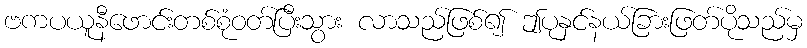
ဗကပယူနီဖောင်းတစ်စုံဝတ်ပြီးသွား လာသည်ဖြစ်၍ ဤပုနှင်နယ်ခြားဖြတ်ပိုသည်မှ